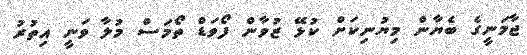
ޖާމަނީގެ ބެޔާން މިޔުނިކަށް ކުޅޭ ޒުވާން ފޯވަޑް ތޯމަސް މުލާ ވަނީ އިތުރު